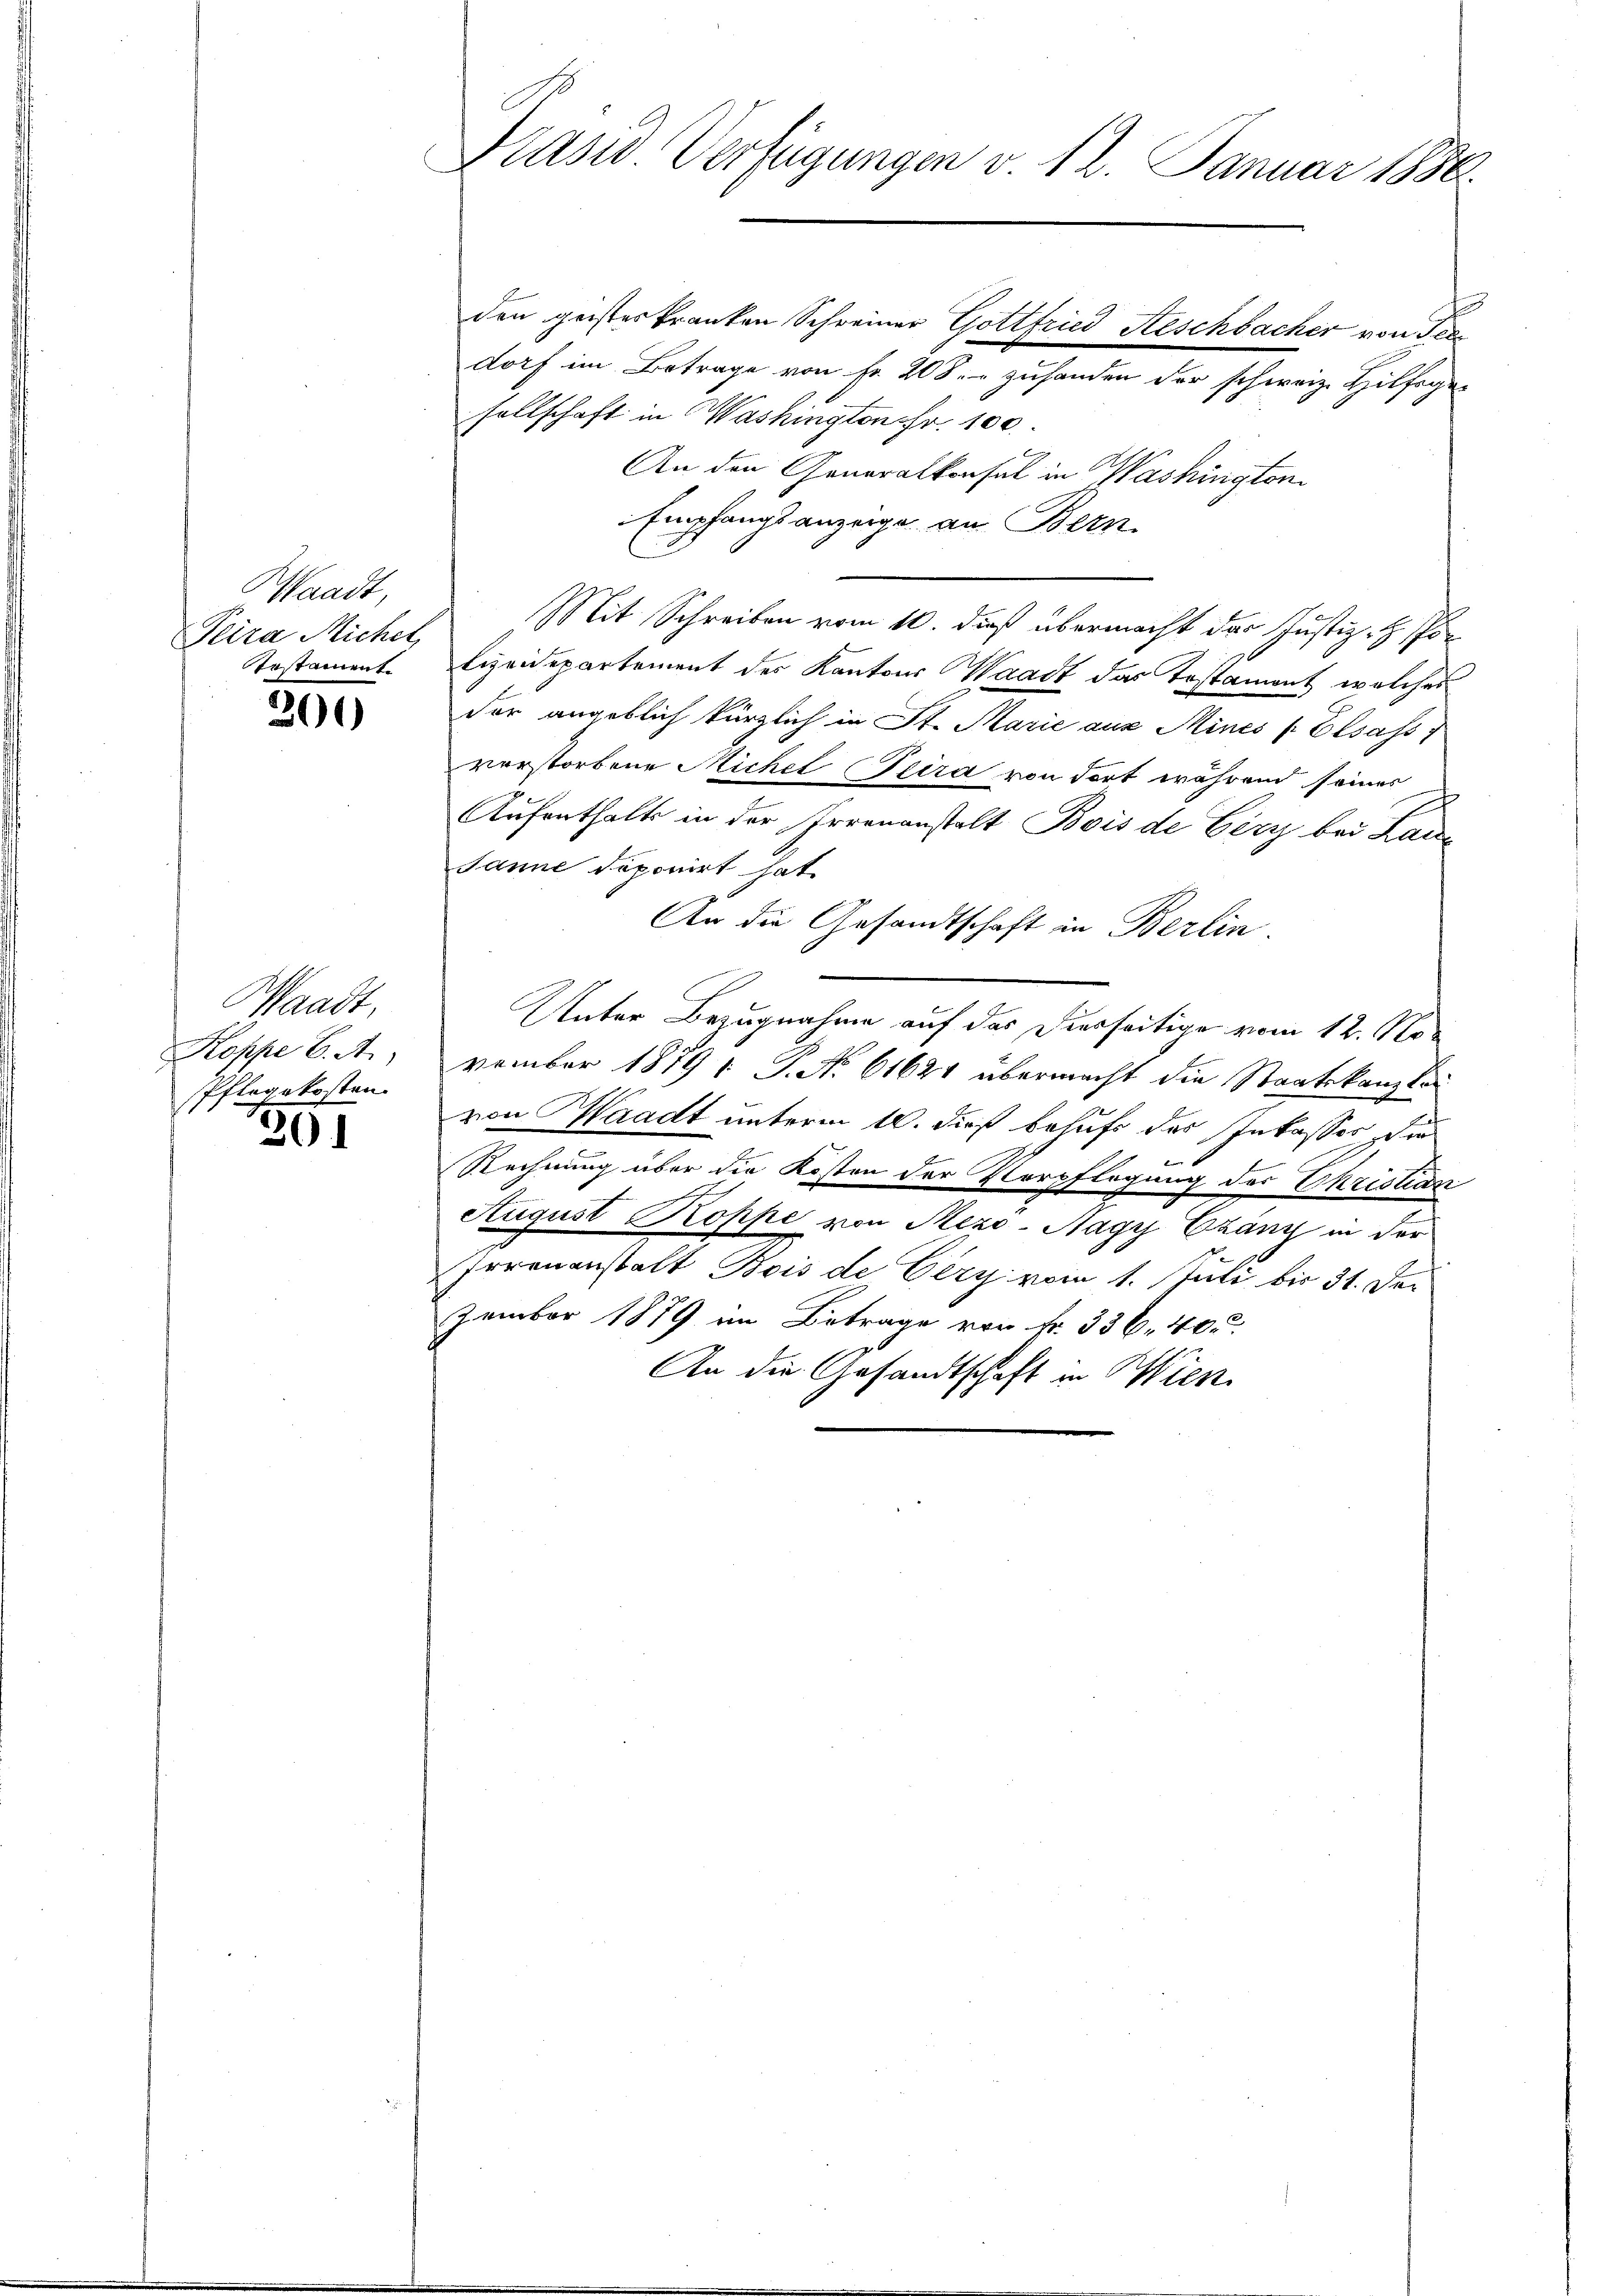
Waadt,
Peira Micher,
erstament

300

Waadt,
Koppe C. A.
Pflegekosten.

391

Präsid. Verfügungen v. 12. Januar 1886.

den geisteskranken Schreiner Gottfried Aeschbacher von Fre
dorf im Betrage von Fr. 208 zuhanden der schweiz. Hilfsgesellschaft in Washington Fr. 100.
An den Generalkonsul in Washington
Empfangsanzeige an Bern
Mit Schreiben vom 10. dieß übermacht der Justiz- & Porlizeidepartement der Kantons Waadt das Testament, welches
der angeblich kürzlich in St. Marie aus Mines Elsass
verstorbene Michel Pira von dort während seiner
Aufenthalts in der Irrenanstalt Bois de Cery bei Lau
Janne doponirt hat.
An die Gesandtschaft in Berlin.
Unter Bezugnahme auf das Diesseitige vom 12. November 1879 : P. No 61621 übermacht die Staatskanzler
von Waadt unterm 10. dieß behufs des Inkasser, die
Rechnung über die Kosten der Verpflegung der Christian
August Koppe von Mezo-Nagy Czány in der
Irrenanstalt Bois de Cery vom 1. Juli bis 31. Dezember 1879 im Betrage vor Fr. 336. 40.
70
An die Gesandtschaft in Wien.